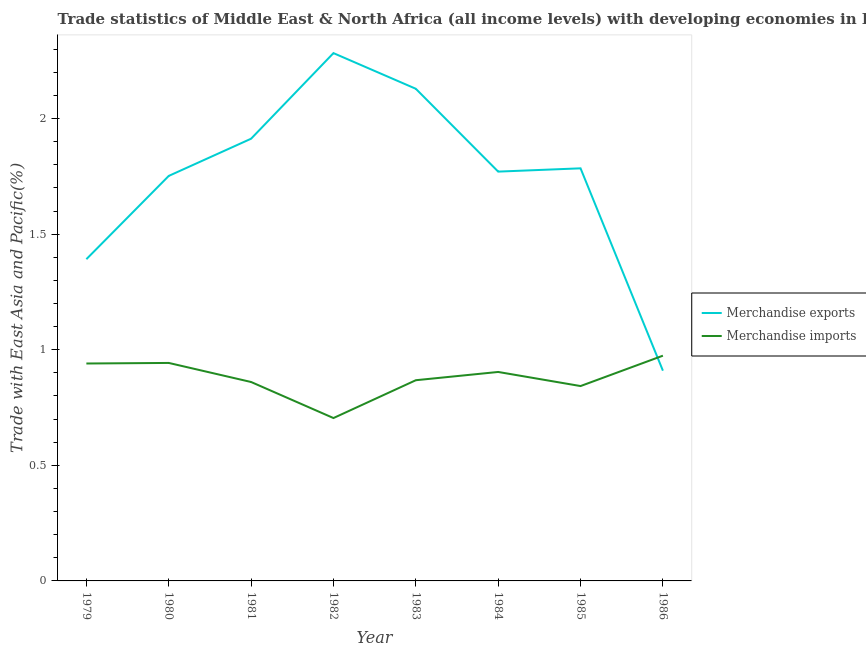
| Year | Merchandise exports | Merchandise imports |
 | --- | --- | --- |
 | 1979 | 1.39 | 0.94 |
 | 1980 | 1.75 | 0.943 |
 | 1981 | 1.91 | 0.86 |
 | 1982 | 2.28 | 0.705 |
 | 1983 | 2.13 | 0.868 |
 | 1984 | 1.77 | 0.904 |
 | 1985 | 1.78 | 0.843 |
 | 1986 | 0.909 | 0.974 |